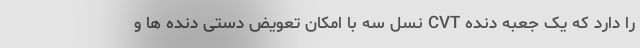
را دارد که یک جعبه دنده CVT نسل سه با امکان تعویض دستی دنده ها و